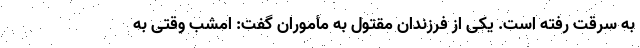
به سرقت رفته است. یکی از فرزندان مقتول به مأموران گفت: امشب وقتی به